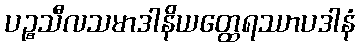
ပဉ္စသီလသမာဒါနိယတ္ထေရဿာပဒါနံ